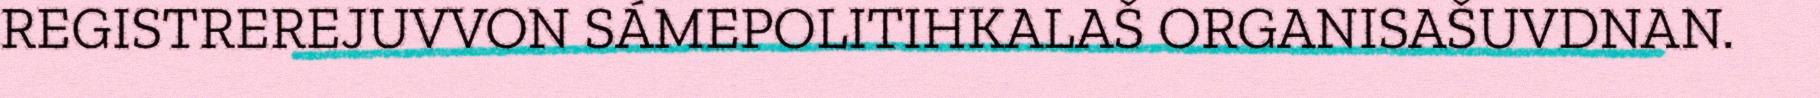
REGISTREREJUVVON SÁMEPOLITIHKALAŠ ORGANISAŠUVDNAN.